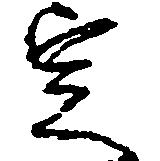
定